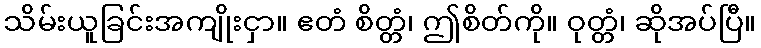
သိမ်းယူခြင်းအကျိုးငှာ။ ဧတံ စိတ္တံ၊ ဤစိတ်ကို။ ဝုတ္တံ၊ ဆိုအပ်ပြီ။